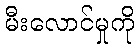
မီးလောင်မှုကို